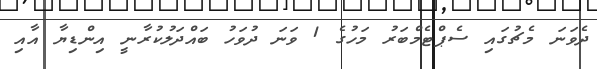
ދެވަނަ މެޗުގައި ސެޕްޓެމްބަރު މަހުގެ 1 ވަނަ ދުވަހު ބައްދަލުކުރާނީ އިންޑިޔާ އާއި